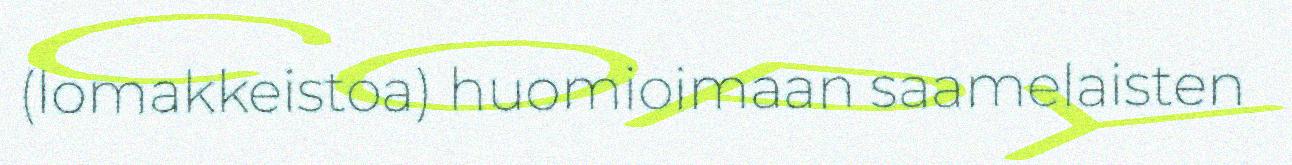
(lomakkeistoa) huomioimaan saamelaisten